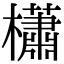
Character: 櫹